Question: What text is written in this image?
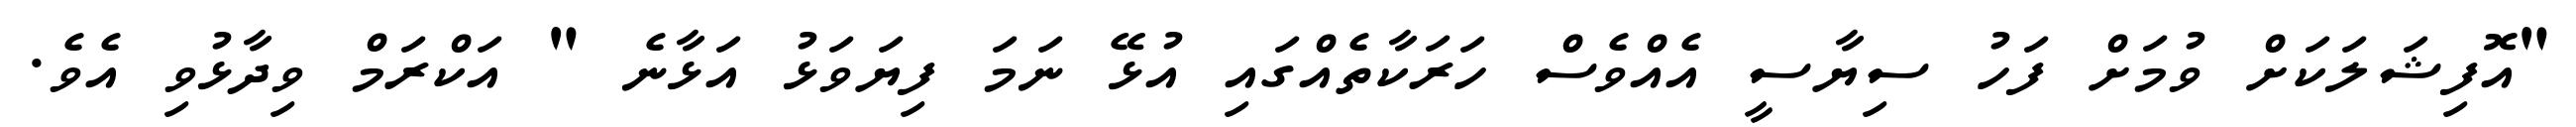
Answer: "އޮފިޝަލަކަށް ވުމަށް ފަހު ސިޔާސީ އެއްވެސް ހަރަކާތެއްގައި އުޅޭ ނަމަ ފިޔަވަޅު އަޅާނެ " އަކްރަމް ވިދާޅުވި އެވެ.